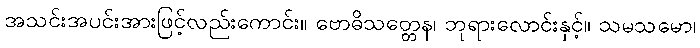
အသင်းအပင်းအားဖြင့်လည်းကောင်း။ ဗောဓိသတ္တေန၊ ဘုရားလောင်းနှင့်။ သမသမော၊